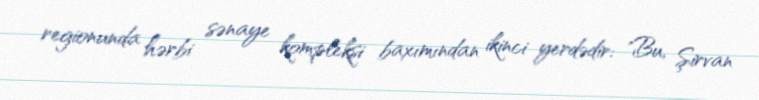
regionunda hərbi sənaye kompleksi baxımından ikinci yerdədir: "Bu, Şirvan